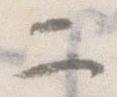
二